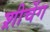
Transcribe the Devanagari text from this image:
श़ीचेंग